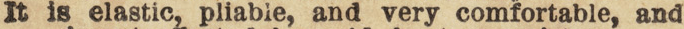
It is elastic, pliable, and very comfortable, and